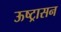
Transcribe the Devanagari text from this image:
ऊष्ट्रासन